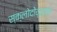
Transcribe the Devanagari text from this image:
स्क्लोदोव्स्का